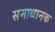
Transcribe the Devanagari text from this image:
समाधानक